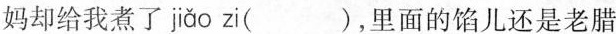
妈却给我煮了 jiǎo zi( )，里面的馅儿还是老腊